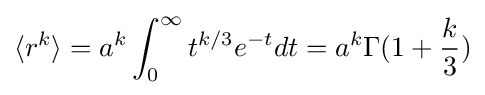
\langle r^{k}\rangle =a^{k}\int _{0}^{\infty }t^{k/3}e^{-t}dt=a^{k}\Gamma (1+{\frac {k}{3}})